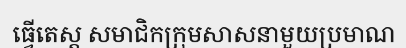
ធ្វើតេស្ត សមាជិកក្រុមសាសនាមួយប្រមាណ